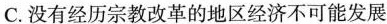
C. 没有经历宗教改革的地区经济不可能发展